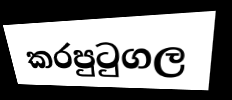
කරපුටුගල